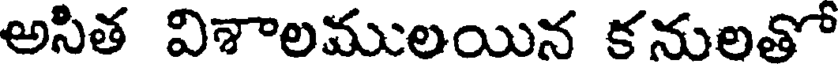
అసిత విశాలములయిన కనులతో